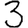
Digit: 3